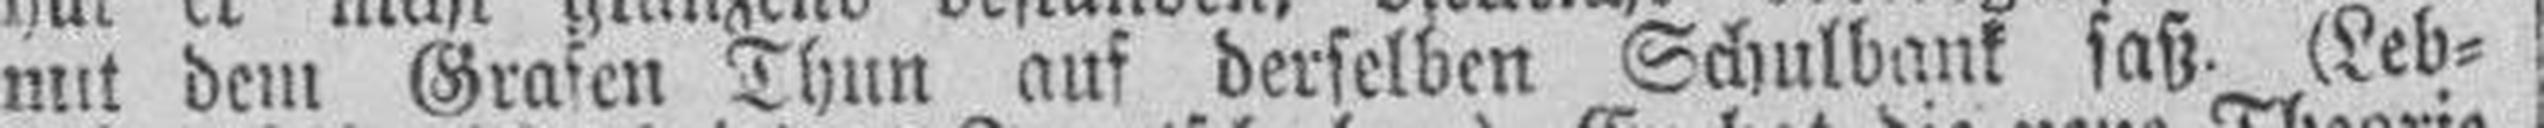
mit dem Grafen Thun auf derselben Schulbank saß. (Leb¬